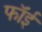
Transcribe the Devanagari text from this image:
फॉई